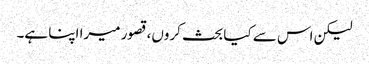
لیکن اس سے کیا بحث کروں، قصور میرا اپنا ہے۔